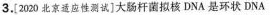
3.[2020北京适应性测试]大肠杆菌拟核DNA是环状DNA